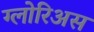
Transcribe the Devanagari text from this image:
ग्लोरिअस